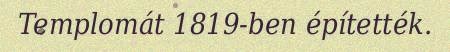
Templomát 1819-ben építették.